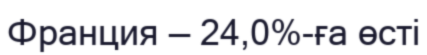
Франция — 24,0%-ға өсті